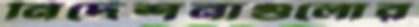
নির্দেশনাগুলোর